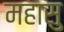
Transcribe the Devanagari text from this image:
महासु